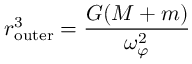
r _ { \mathrm { o u t e r } } ^ { 3 } = { \frac { G ( M + m ) } { \omega _ { \varphi } ^ { 2 } } }